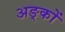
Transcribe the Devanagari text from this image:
अङ्कों